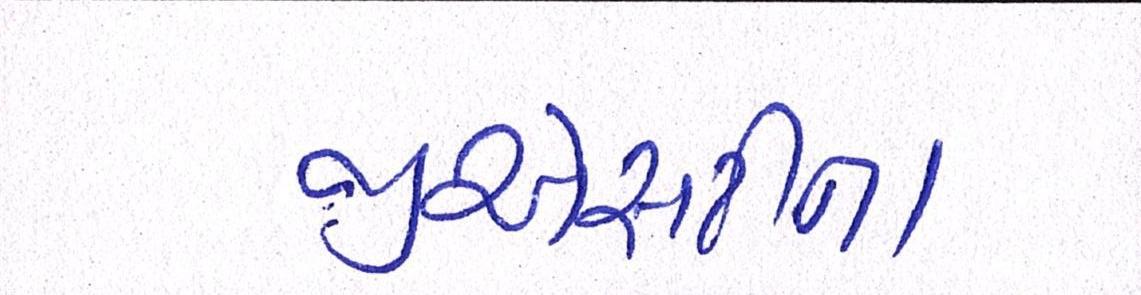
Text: જીએસટીના